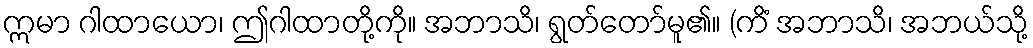
ဣမာ ဂါထာယော၊ ဤဂါထာတို့ကို။ အဘာသိ၊ ရွတ်တော်မူ၏။ (ကိံ အဘာသိ၊ အဘယ်သို့